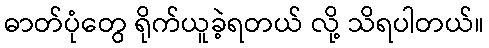
ဓာတ်ပုံတွေ ရိုက်ယူခဲ့ရတယ် လို့ သိရပါတယ်။